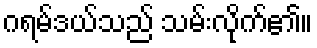
ဂရမ်ဒယ်သည် သမ်းလိုက်၏။